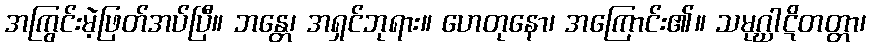
အကြွင်းမဲ့ဖြတ်အပ်ပြီ။ ဘန္တေ၊ အရှင်ဘုရား။ ဟေတုနော၊ အကြောင်း၏။ သမုဂ္ဃာဋိတတ္တာ၊